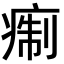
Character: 痸